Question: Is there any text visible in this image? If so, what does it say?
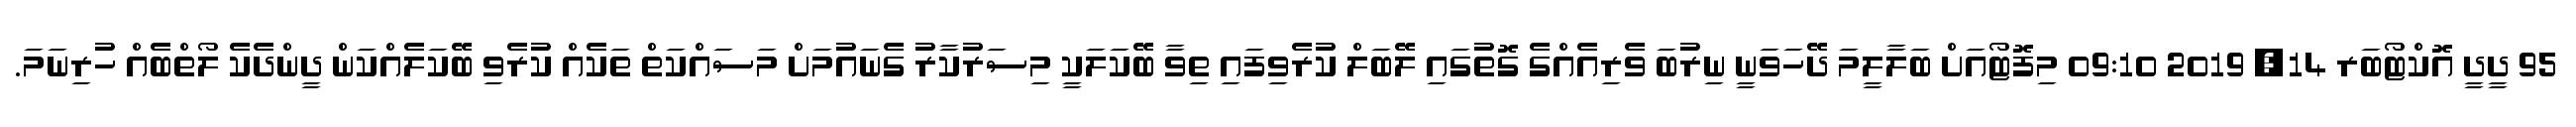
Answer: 95 ދީދީ އޮކްޓޯބަރ 14, 2019 09:10 މިފޮޓޯއަށް ބަލާލީމަ ދޭހަވަނީ ނިރުބަ ވެރިއެއްގެ ގޮތުގައި ލޭބަލް ކުރެވިފައި ތިވާ ބޭކަލަކީ މިސަރުކާރު ގެނައުމަށް މަސައްކަތް ތަކެއް ކުރެވި ބޭކަލެއްކަން ދީންދެކެ ލޯތްބެއް ހުރިނަމަ.